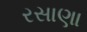
રસાણા